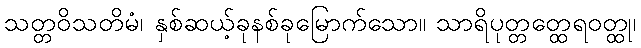
သတ္တဝိသတိမံ၊ နှစ်ဆယ့်ခုနစ်ခုမြောက်သော။ သာရိပုတ္တတ္ထေရဝတ္ထု၊